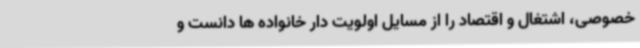
خصوصی، اشتغال و اقتصاد را از مسایل اولویت دار خانواده ها دانست و